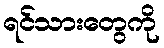
ရင်သားတွေကို